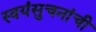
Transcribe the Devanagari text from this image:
स्वयंसुचनांची